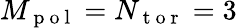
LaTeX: M_{\mathrm{~p~o~l~}}=N_{\mathrm{~t~o~r~}}=3